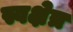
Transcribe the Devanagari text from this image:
स्वक्षेत्र